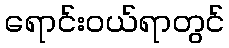
ရောင်းဝယ်ရာတွင်